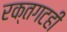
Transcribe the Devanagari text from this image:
रक्तगटही